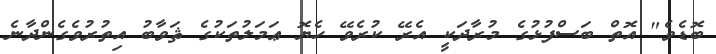
ބޮޑެވެ" އޮތް ބަސްފުޅުގެ މުރާދަކީ އެރޭ ކުރެވޭ ހެޔޮ ޢަމަލުތަކުގެ ޘަވާބު އިތުރުވެގެންދާނެ